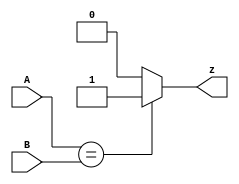
module top_module ( input [1:0] A, input [1:0] B, output z ); 
    
    assign z = (A==B) ? 1'b1 : 1'b0;

endmodule